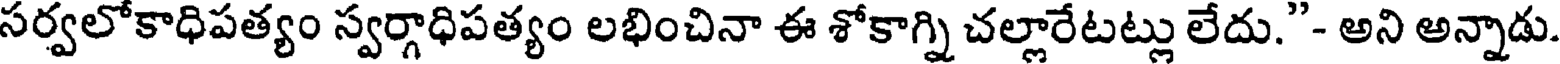
సర్వలోకాధిపత్యం స్వర్గాధిపత్యం లభించినా ఈ శోకాగ్ని చల్లారేటట్లు లేదు."- అని అన్నాడు.